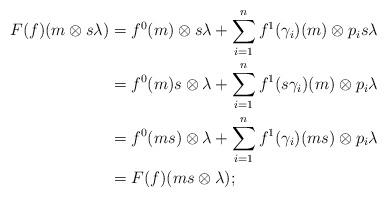
LaTeX: \begin{align*}F(f)(m \otimes s \lambda) &= f^0(m)\otimes s \lambda + \sum_{i=1}^{n}f^1(\gamma _{i})(m) \otimes p_i s \lambda\\ &= f^0(m)s \otimes \lambda + \sum_{i=1}^{n} f^1(s\gamma_i)(m) \otimes p_i \lambda\\ &= f^0(ms) \otimes \lambda + \sum_{i=1}^{n} f^1(\gamma_i)(ms) \otimes p_i \lambda\\ &= F(f)(ms \otimes \lambda);\end{align*}